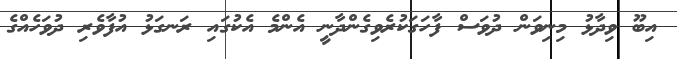
އިބޫ ވިދާޅު މިނިވަން ދުވަސް ފާހަގަކުރެވިގެންދާނީ އެންމެ އެކުގައި ރަނގަޅު އުފާވެރި ދުވަހެއްގެ